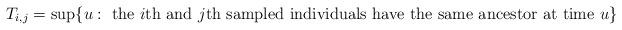
LaTeX: \begin{align*}T_{i,j} = \sup\{u: \mbox{ the $i$th and $j$th sampled individuals have the same ancestor at time $u$}\}\end{align*}